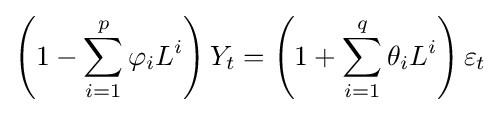
\left(1-\sum _{i=1}^{p}\varphi _{i}L^{i}\right)Y_{t}=\left(1+\sum _{i=1}^{q}\theta _{i}L^{i}\right)\varepsilon _{t}